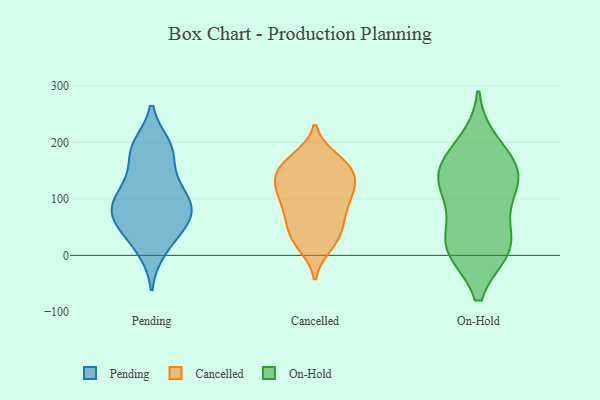
{"axis": {"x": "Energy Usage (MWh)", "y": "Value"}, "legend": ["Cancelled", "On-Hold", "Pending"], "data": [{"x": "", "y": 117, "type": "Pending"}, {"x": "", "y": 85, "type": "Pending"}, {"x": "", "y": 191, "type": "Pending"}, {"x": "", "y": 115, "type": "Pending"}, {"x": "", "y": 122, "type": "Pending"}, {"x": "", "y": 55, "type": "Pending"}, {"x": "", "y": 22, "type": "Pending"}, {"x": "", "y": 69, "type": "Pending"}, {"x": "", "y": 75, "type": "Pending"}, {"x": "", "y": 180, "type": "Pending"}, {"x": "", "y": 96, "type": "Pending"}, {"x": "", "y": 193, "type": "Pending"}, {"x": "", "y": 66, "type": "Pending"}, {"x": "", "y": 182, "type": "Pending"}, {"x": "", "y": 62, "type": "Pending"}, {"x": "", "y": 10, "type": "Pending"}, {"x": "", "y": 124, "type": "Cancelled"}, {"x": "", "y": 113, "type": "Cancelled"}, {"x": "", "y": 25, "type": "Cancelled"}, {"x": "", "y": 157, "type": "Cancelled"}, {"x": "", "y": 152, "type": "Cancelled"}, {"x": "", "y": 171, "type": "Cancelled"}, {"x": "", "y": 72, "type": "Cancelled"}, {"x": "", "y": 138, "type": "Cancelled"}, {"x": "", "y": 100, "type": "Cancelled"}, {"x": "", "y": 50, "type": "Cancelled"}, {"x": "", "y": 162, "type": "Cancelled"}, {"x": "", "y": 127, "type": "Cancelled"}, {"x": "", "y": 162, "type": "Cancelled"}, {"x": "", "y": 87, "type": "Cancelled"}, {"x": "", "y": 17, "type": "Cancelled"}, {"x": "", "y": 120, "type": "Cancelled"}, {"x": "", "y": 28, "type": "Cancelled"}, {"x": "", "y": 81, "type": "Cancelled"}, {"x": "", "y": 50, "type": "Cancelled"}, {"x": "", "y": 135, "type": "On-Hold"}, {"x": "", "y": 164, "type": "On-Hold"}, {"x": "", "y": 13, "type": "On-Hold"}, {"x": "", "y": 78, "type": "On-Hold"}, {"x": "", "y": 147, "type": "On-Hold"}, {"x": "", "y": 14, "type": "On-Hold"}, {"x": "", "y": 17, "type": "On-Hold"}, {"x": "", "y": 142, "type": "On-Hold"}, {"x": "", "y": 117, "type": "On-Hold"}, {"x": "", "y": 198, "type": "On-Hold"}, {"x": "", "y": 12, "type": "On-Hold"}]}